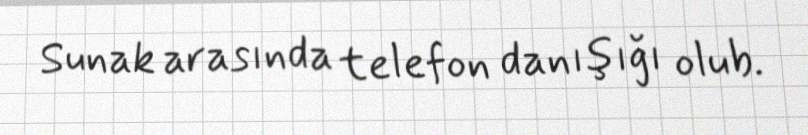
Sunak arasında telefon danışığı olub.